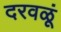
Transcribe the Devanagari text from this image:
दरवळूं